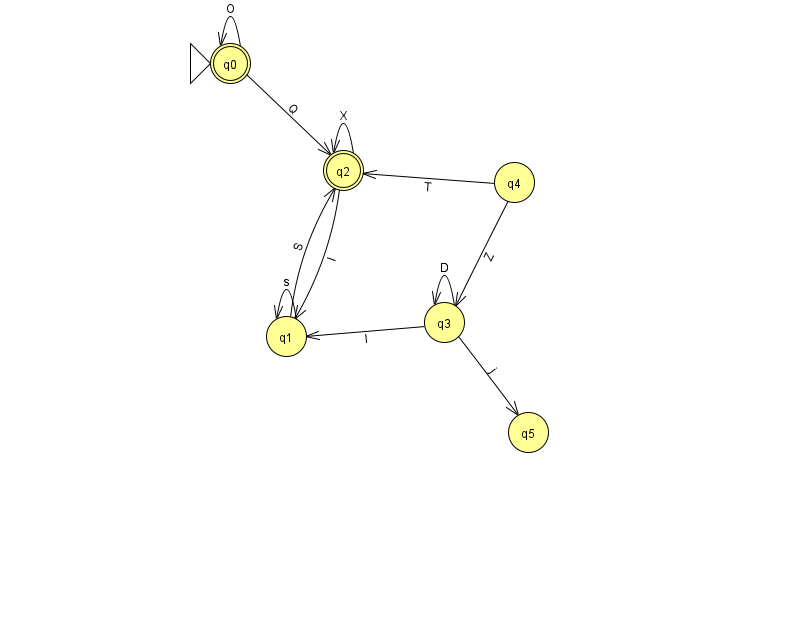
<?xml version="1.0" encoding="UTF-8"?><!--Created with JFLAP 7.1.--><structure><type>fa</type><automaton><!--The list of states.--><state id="0" name="q0"><x>230.0</x><y>50.0</y><initial/><final/></state><state id="1" name="q1"><x>286.0</x><y>323.0</y></state><state id="2" name="q2"><x>343.0</x><y>157.0</y><final/></state><state id="3" name="q3"><x>444.0</x><y>309.0</y></state><state id="4" name="q4"><x>514.0</x><y>169.0</y></state><state id="5" name="q5"><x>528.0</x><y>419.0</y></state><!--The list of transitions.--><transition><from>1</from><to>1</to><read>s</read></transition><transition><from>3</from><to>3</to><read>D</read></transition><transition><from>0</from><to>2</to><read>Q</read></transition><transition><from>3</from><to>5</to><read>j</read></transition><transition><from>2</from><to>1</to><read>I</read></transition><transition><from>2</from><to>2</to><read>X</read></transition><transition><from>4</from><to>3</to><read>Z</read></transition><transition><from>3</from><to>1</to><read>I</read></transition><transition><from>4</from><to>2</to><read>T</read></transition><transition><from>1</from><to>2</to><read>S</read></transition><transition><from>0</from><to>0</to><read>O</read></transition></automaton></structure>